Civil Veterinary Dept. Bombay admin report 1914-1922 - 1914-1922
Year: 1914
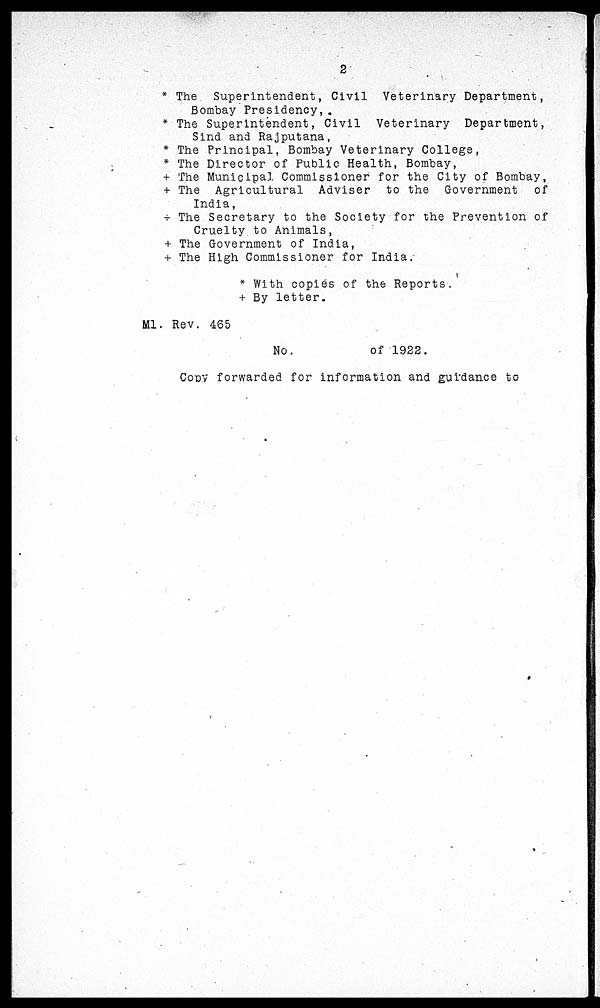
2
* The Superintendent, Civil Veterinary Department,
Bombay Presidency, .
* The Superintendent, Civil Veterinary
Department,
Sind and Rajputana,
* The Principal, Bombay Veterinary College,
* The Director of Public Health, Bombay,
+ The Municipal Commissioner for the City of Bombay,
+ The Agricultural Adviser to the Government
of
India,
+ The Secretary to the Society for the Prevention of
Cruelty to Animals,
+ The Government of India,
+ The High Commissioner for India.
* With copies of the Reports.
+ By letter.
Ml. Rev. 465
No.
of 1922.
Cony forwarded for information and guidance to